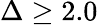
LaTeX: \Delta\geq 2.0